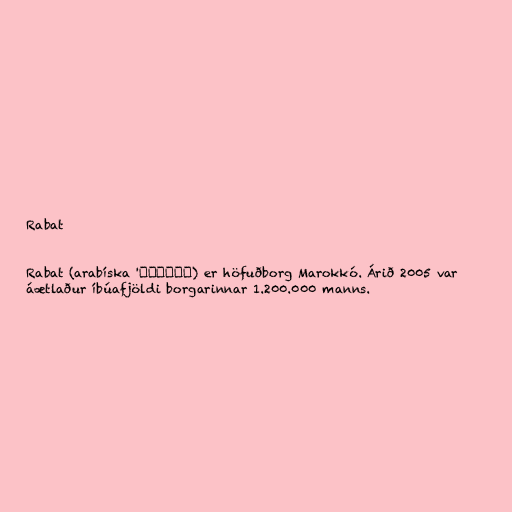
Rabat

Rabat (arabíska 'الرباط) er höfuðborg Marokkó. Árið 2005 var
áætlaður íbúafjöldi borgarinnar 1.200.000 manns.